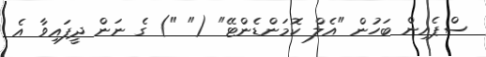
ސްޕެއިން ބަހުން "އެލް ކޮމަންޑެންޓޭ" (" ") ގެ ނަން ދީފައިވާ އެ